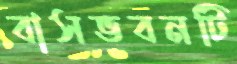
বাসভবনটি